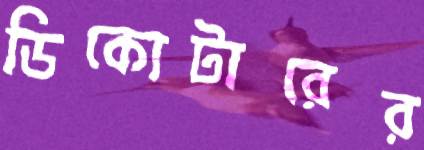
ডিকোটারের